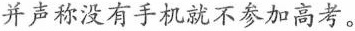
并声称没有手机就不参加高考。